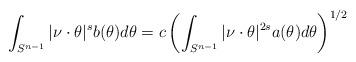
LaTeX: \begin{align*}\int_{S^{n-1}}|\nu\cdot\theta|^s b(\theta)d\theta=c\left(\int_{S^{n-1}}|\nu\cdot\theta|^{2s}a(\theta)d\theta\right)^{1/2}\end{align*}